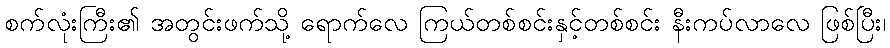
စက်လုံးကြီး၏ အတွင်းဖက်သို့ ရောက်လေ ကြယ်တစ်စင်းနှင့်တစ်စင်း နီးကပ်လာလေ ဖြစ်ပြီး၊